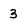
Character: 3